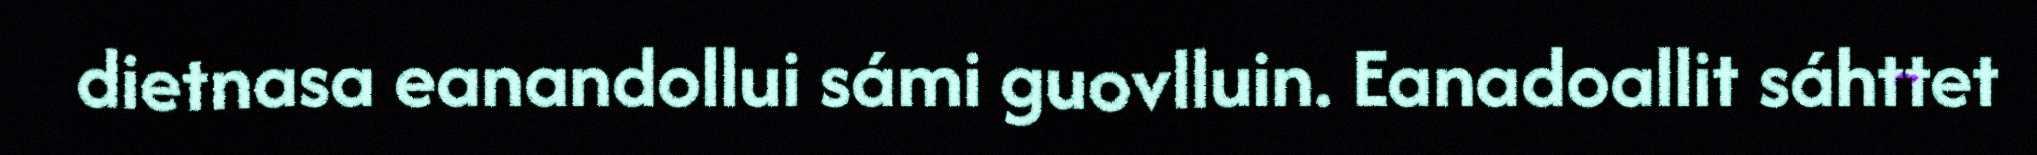
dietnasa eanandollui sámi guovlluin. Eanadoallit sáhttet